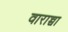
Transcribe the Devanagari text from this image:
वाराच्चा